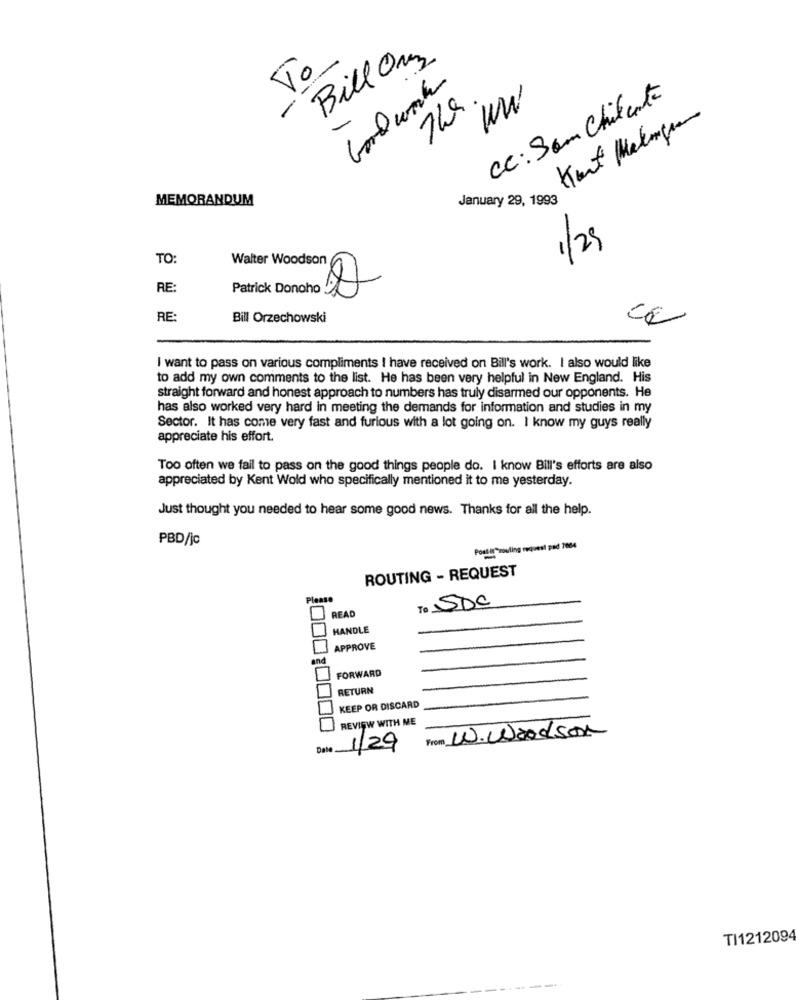
Bill Onez
To
--
The
CC: Som Chilente
-
WW
MEMORANDUM
January 29, 1993
1/29
TO
Walter Woodson
RE:
Patrick Donoho
RE:
Bill Orzechowski
I want to pass on various compliments ! have received on Bill's work. I also would like
to add my own comments to the list. He has been very helpful in New England. His
straight forward and honest approach to numbers has truly disarmed our opponents. He
has also worked very hard in meeting the demands for information and studies in my
Sector. It has come very fast and furious with a lot going on. I know my guys really
appreciate his effort.
Too often we fail to pass on the good things people do. I know Bill's efforts are also
appreciated by Kent Wold who specifically mentioned it to me yesterday.
Just thought you needed to hear some good news. Thanks for all the help.
PBD/jc
Post it zouling request pad 7004
ROUTING - REQUEST
Pleas
To SDC
READ
HANDLE
APPROVE
and
FORWARD
RETURN
KEEP OR DISCARD
REVIEW WITH ME
From W.Woodson
Date 1/29
TI1212094